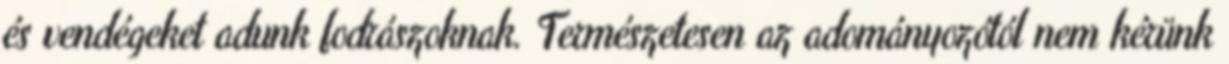
és vendégeket adunk fodrászoknak. Természetesen az adományozótól nem kérünk